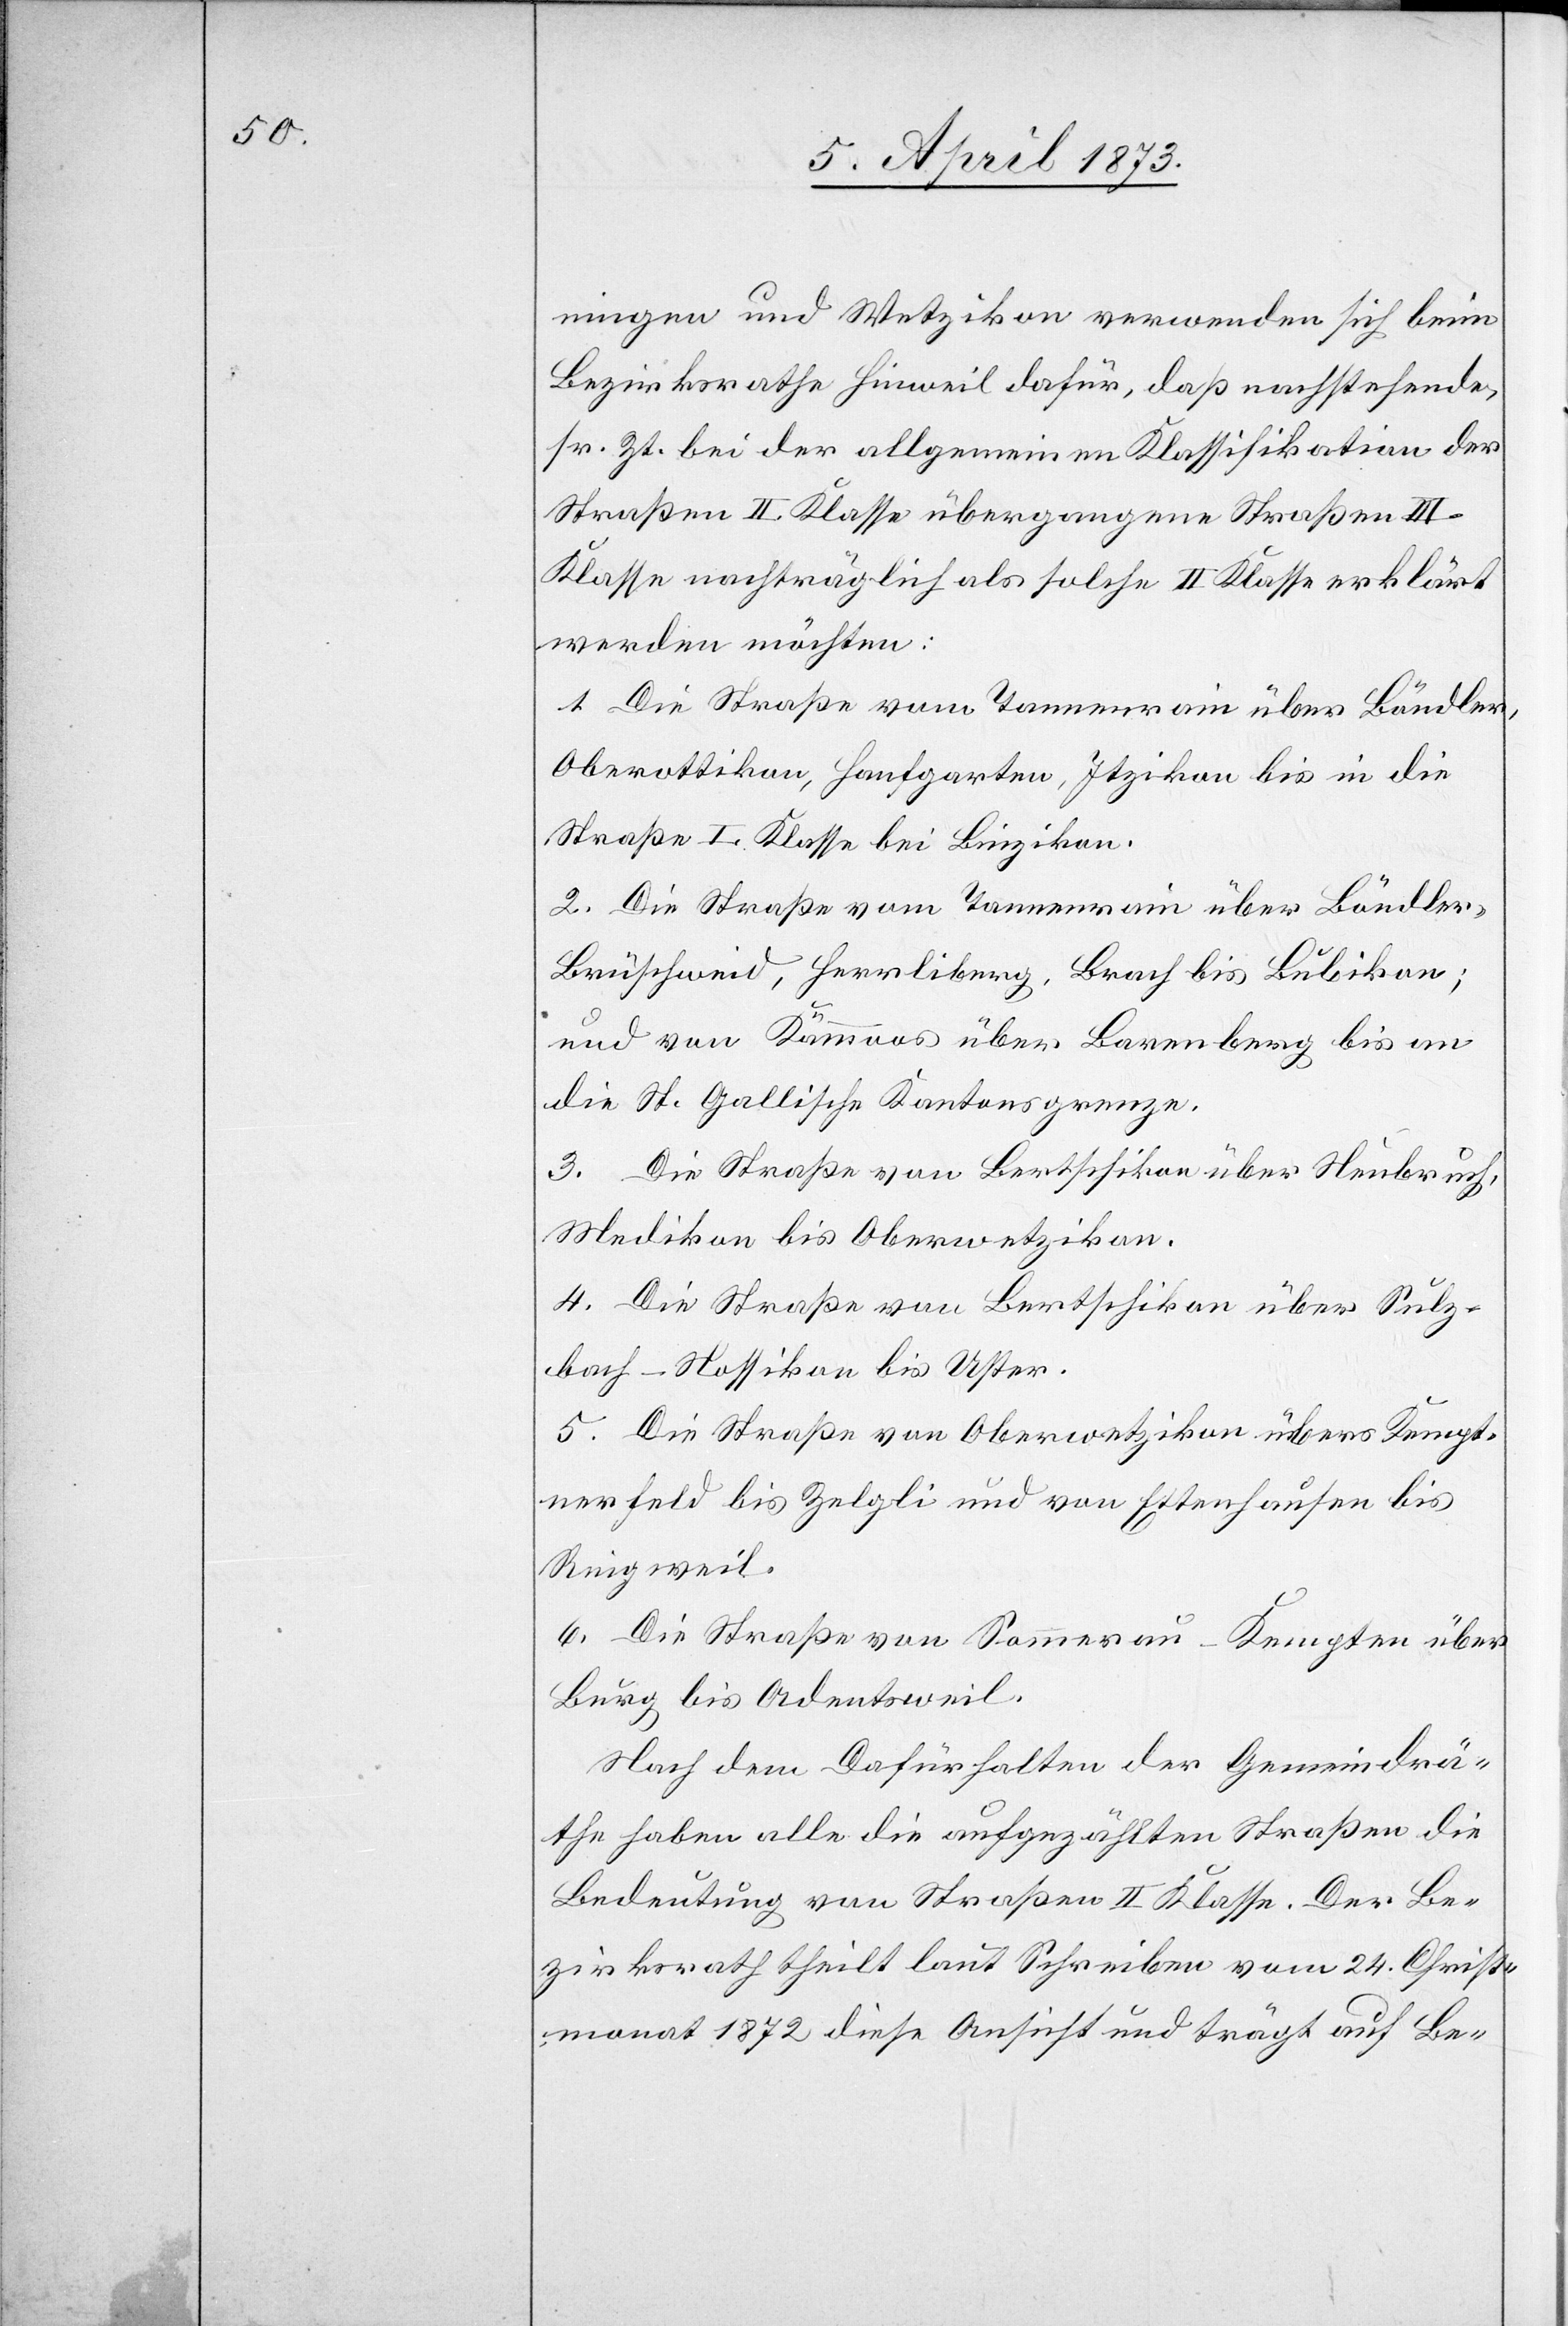
ningen und Wetzikon verwenden sich beim
Bezirksrathe Hinweil dafür, daß nachstehende,
sr. Zt. bei der allgemeinen Klassifikation der
Straßen II. Klasse übergangene Straßen III.
Klasse nachträglich als solche II Klasse erklärt
werden möchten:
2. Die Straße vom Tannenrain über Bändler,
Oberottikon, Hanfgarten, Itzikon bis in die
Straße I. Klasse bei Binzikon.
Brüschweid, Herrliberg, Brach bis Bubikon;
und von Kämmoos über Barenberg bis an
die St. Gallische Kantonsgrenze.
3. Die Straße von Bertschikon über Neubruch,
Wedikon bis Oberwetzikon.
4. Die Straße von Bertschikon über Sulz¬
bach–Nossikon bis Uster.
5. Die Straße von Oberwetzikon übers Kempt¬
ner Feld bis Zelgli und von Ettenhausen bis
Ringweil.
6. Die Straße von Sommerau–Kempten über
Burg bis Adentsweil.
Nach dem Dafürhalten der Gemeindrä¬
the haben alle die aufgezählten Straßen die
Bedeutung von Straßen II Klasse. Der Be¬
zirksrath theilt laut Schreiben vom 24. Christ¬
monat 1872 diese Ansicht und trägt auf Be-